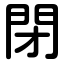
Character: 閉